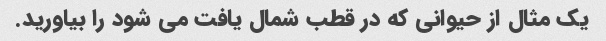
یک مثال از حیوانی که در قطب شمال یافت می شود را بیاورید.